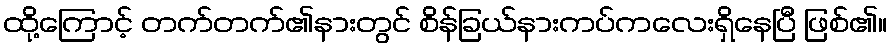
ထို့ကြောင့် တက်တက်၏နားတွင် စိန်ခြယ်နားကပ်ကလေးရှိနေပြီ ဖြစ်၏။